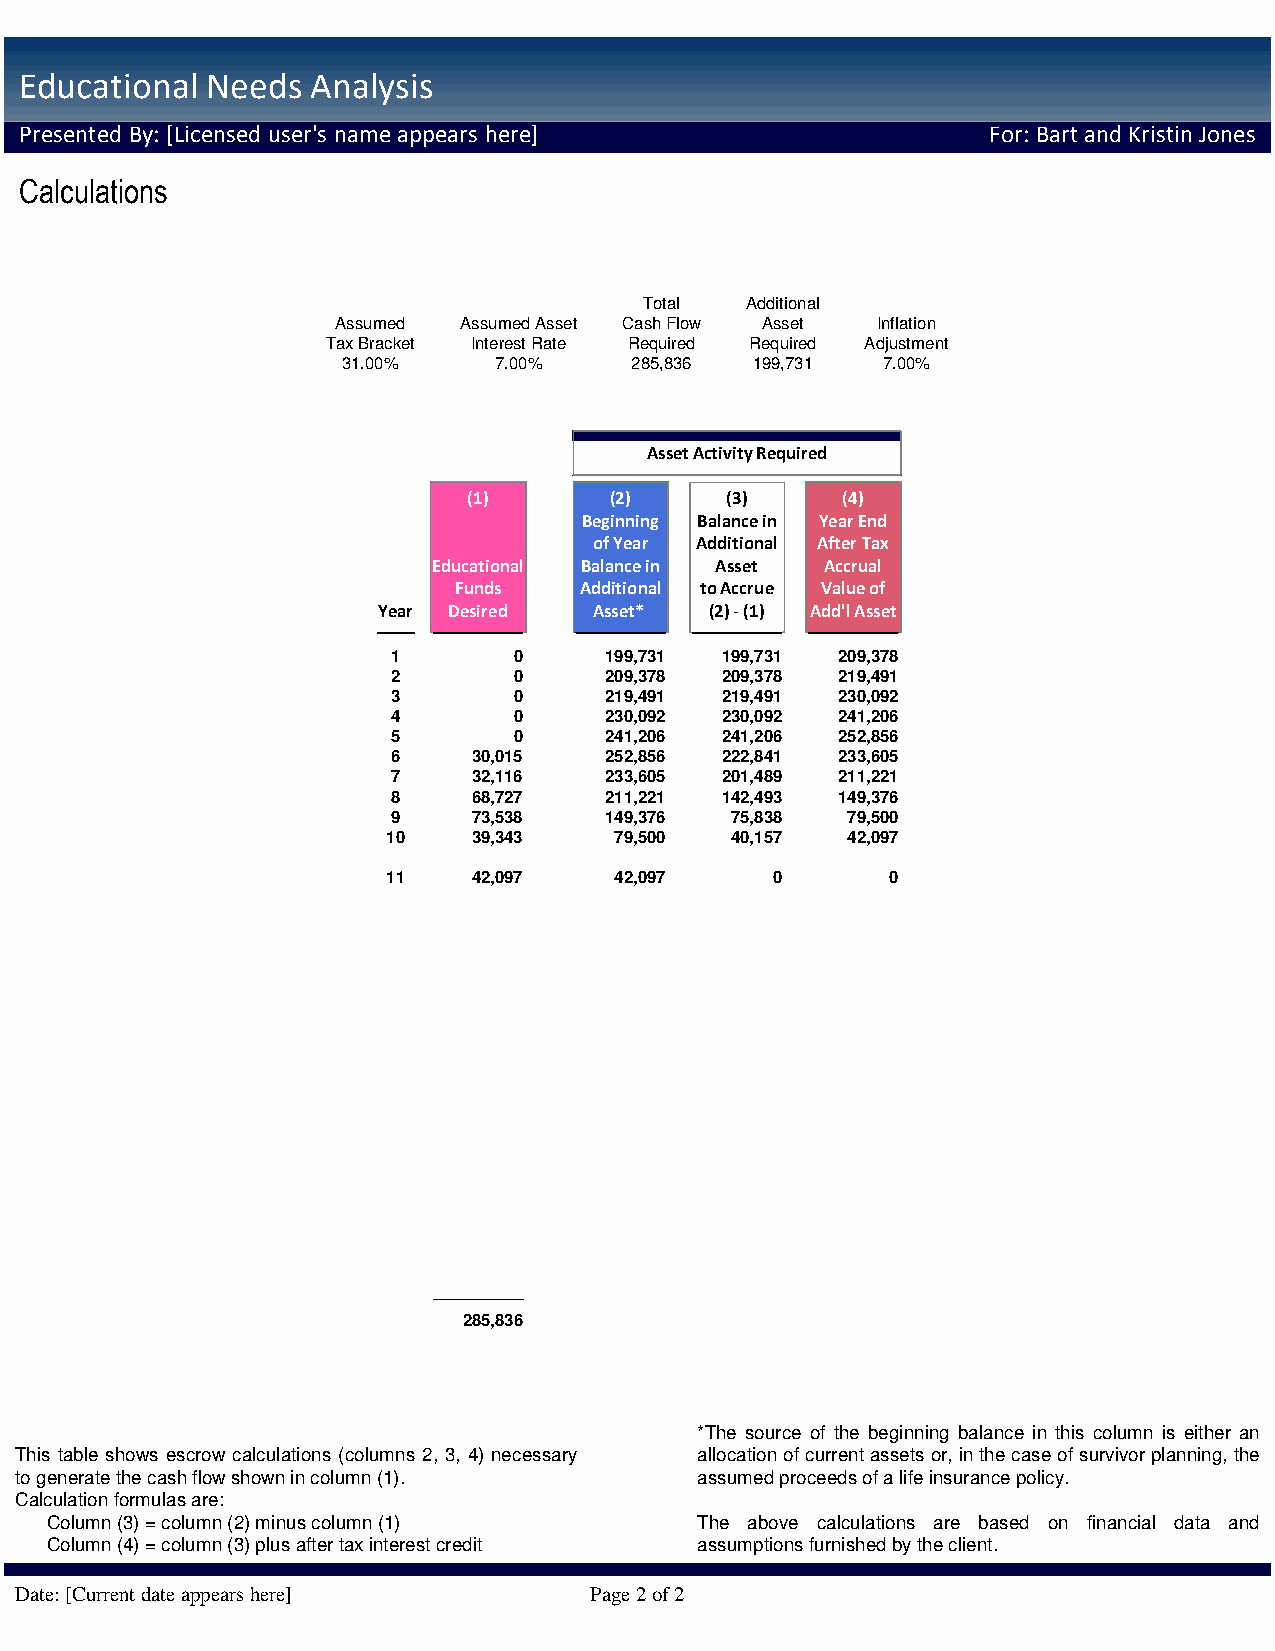
Educational  Needs  Analysis
 Presented By: [Licensed user's name appears here]                For: Bart and Kristin Jones
 Calculations
 Total Additional
 Assumed Assumed Asset Cash Flow Asset Inflation
 Tax Bracket Interest Rate Required Required Adjustment
 31.00%    7.00%    285,836 199,731 7.00%
 AAsssseett AAccttiivviittyy RReeqquuiirreedd
 (1)      (2)     (3)     (4)
 Beginning Balance in Year End
 of Year Additional After Tax
 Educational Balance in Asset Accrual
 Funds   Additional to Accrue Value of
 Year Desired  A s s e t * (2) - (1) Add'l Asset
 1       0     199,731 199,731 209,378
 2       0     209,378 209,378 219,491
 3       0     219,491 219,491 230,092
 4       0     230,092 230,092 241,206
 5       0     241,206 241,206 252,856
 6    30,015   252,856 222,841 233,605
 7    32,116   233,605 201,489 211,221
 8    68,727   211,221 142,493 149,376
 9    73,538   149,376 75,838  79,500
 10   39,343    79,500 40,157  42,097
 11   42,097    42,097    0       0
 285,836
 *The source of the beginning balance in this column is either an
 This table shows escrow calculations (columns 2, 3, 4) necessary allocation of current assets or, in the case of survivor planning, the
 to generate the cash flow shown in column (1). assumed proceeds of a life insurance policy.
 Calculation formulas are:
 Column (3) = column (2) minus column (1)   The above calculations are based on financial data and
 Column (4) = column (3) plus after tax interest credit assumptions furnished by the client.
 Date: [Current date appears here]     Page 2 of 2